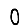
Digit: 0